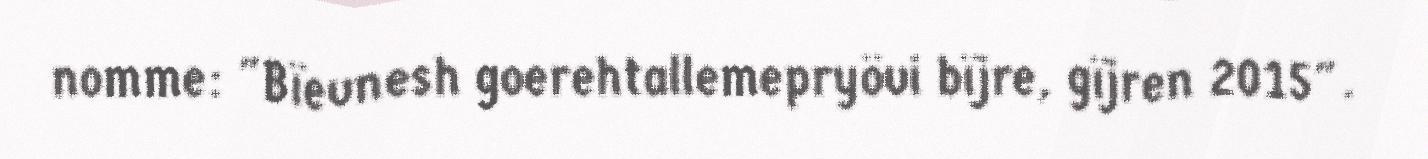
nomme: "Bïevnesh goerehtallemepryövi bïjre, gïjren 2015".